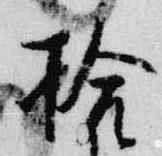
拾